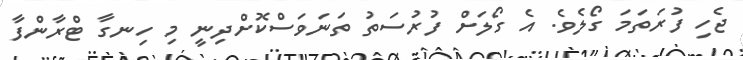
ޖެހި ފުރަތަމަ ގޯލެވެ. އެ ގޯލަށް ފުރުސަތު ތަނަވަސްކޮށްދިނީ މި ހިނގާ ޓްރާންފާ